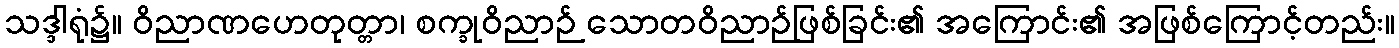
သဒ္ဒါရုံ၌။ ဝိညာဏဟေတုတ္တာ၊ စက္ခုဝိညာဉ် သောတဝိညာဉ်ဖြစ်ခြင်း၏ အကြောင်း၏ အဖြစ်ကြောင့်တည်း။